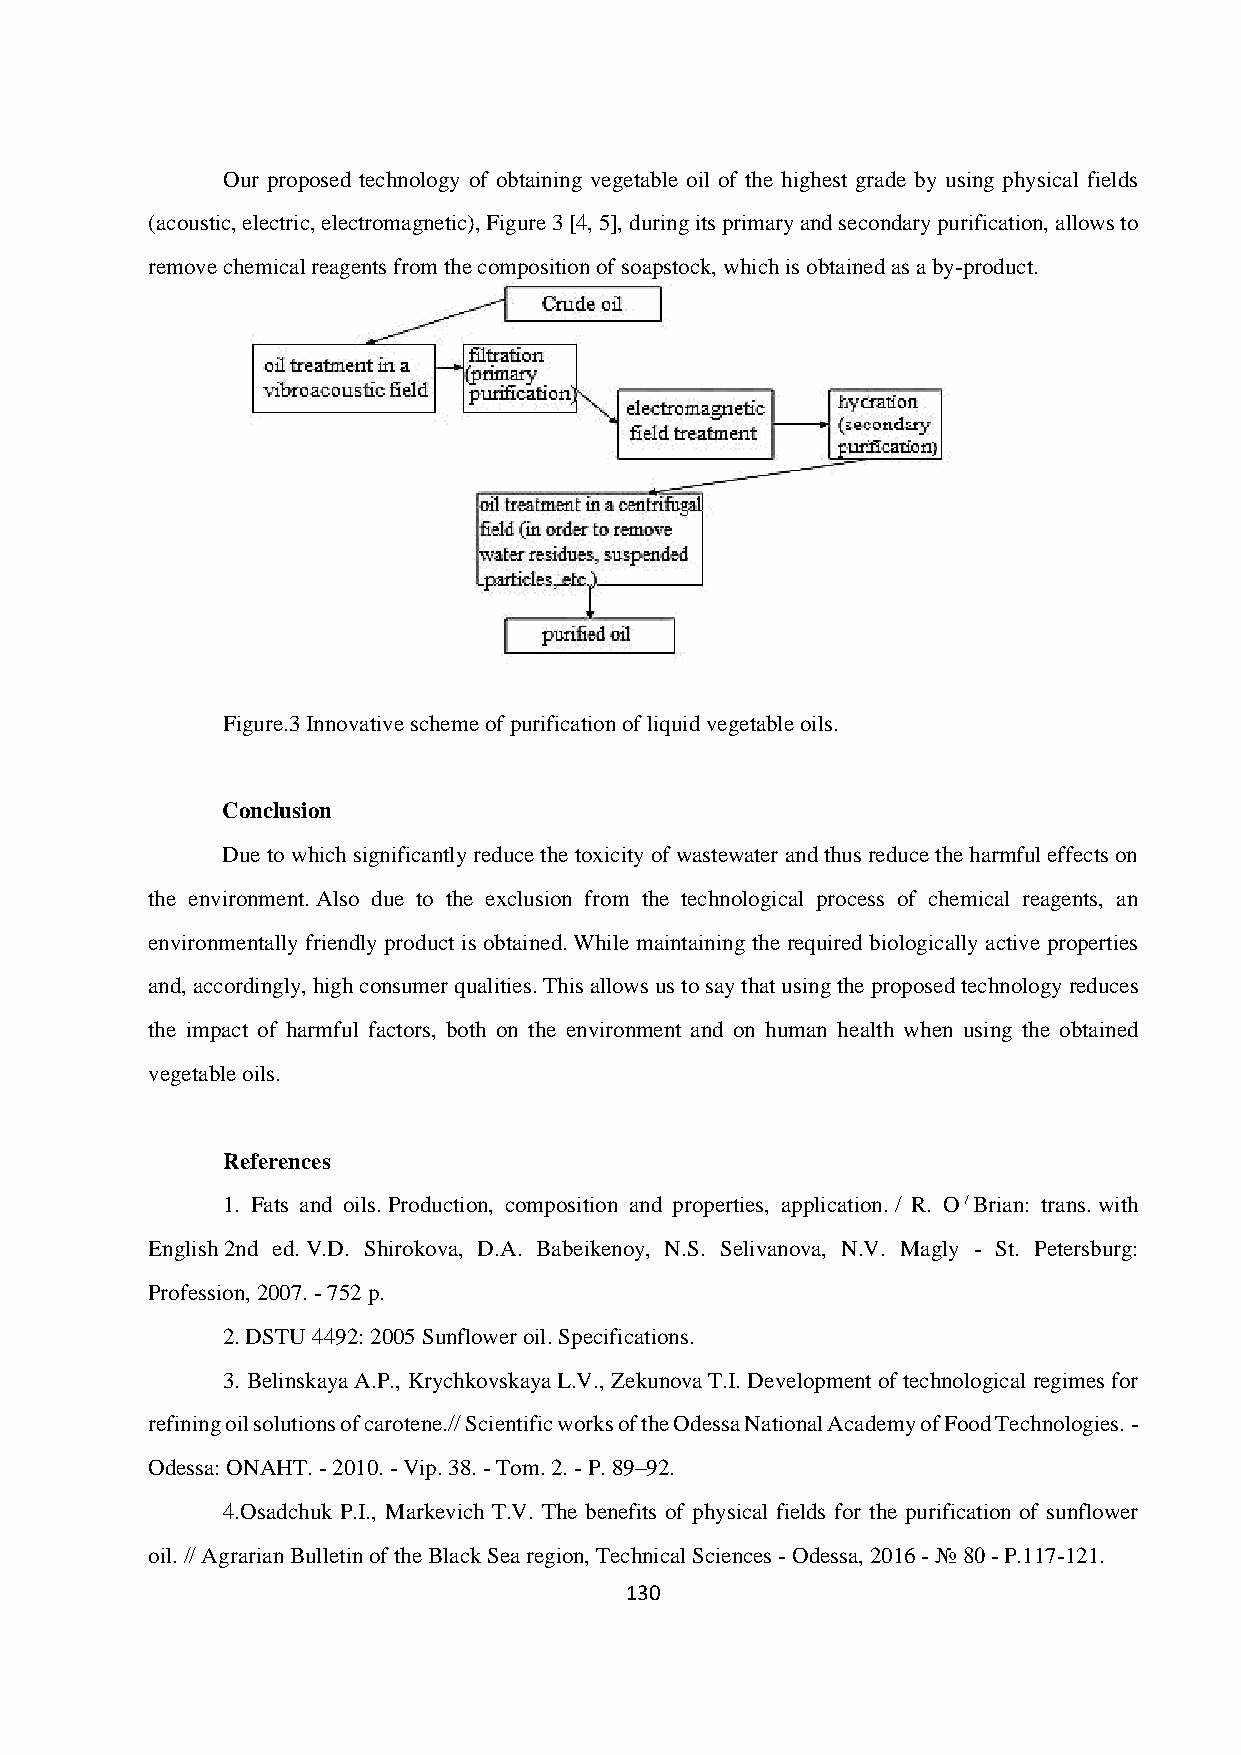
Our proposed technology of obtaining vegetable oil of the highest grade by using physical fields
 (acoustic, electric, electromagnetic), Figure 3 [4, 5], during its primary and secondary purification, allows to
 remove chemical reagents from the composition of soapstock, which is obtained as a by-product.
 Figure.3 Innovative scheme of purification of liquid vegetable oils.
 Conclusion
 Due to which significantly reduce the toxicity of wastewater and thus reduce the harmful effects on
 the environment. Also due to the exclusion from the technological process of chemical reagents, an
 environmentally friendly product is obtained. While maintaining the required biologically active properties
 and, accordingly, high consumer qualities. This allows us to say that using the proposed technology reduces
 the impact of harmful factors, both on the environment and on human health when using the obtained
 vegetable oils.
 References
 1. Fats and oils. Production, composition and properties, application. / R. O / Brian: trans. with
 English 2nd ed. V.D. Shirokova, D.A. Babeikenoy, N.S. Selivanova, N.V. Magly - St. Petersburg:
 Profession, 2007. - 752 p.
 2. DSTU 4492: 2005 Sunflower oil. Specifications.
 3. Belinskaya A.P., Krychkovskaya L.V., Zekunova T.I. Development of technological regimes for
 refining oil solutions of carotene.// Scientific works of the Odessa National Academy of Food Technologies. -
 Odessa: ONAHT. - 2010. - Vip. 38. - Tom. 2. - P. 89–92.
 4.Osadchuk P.I., Markevich T.V. The benefits of physical fields for the purification of sunflower
 oil. // Agrarian Bulletin of the Black Sea region, Technical Sciences - Odessa, 2016 - № 80 - P.117-121.
 130